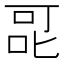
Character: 𭇷